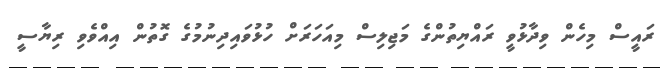
ރައީސް މިހެން ވިދާޅުވީ ރައްޔިތުންގެ މަޖިލިސް މިއަހަރަށް ހުޅުވައިދިނުމުގެ ގޮތުން އިއްވެވި ރިޔާސީ